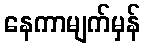
နေကာမျက်မှန်